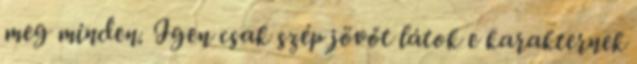
meg minden. Igen csak szép jövőt látok e karakternek